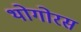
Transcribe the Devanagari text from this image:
थोगोरस